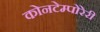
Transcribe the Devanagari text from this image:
कोनटेम्पोरेरी